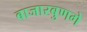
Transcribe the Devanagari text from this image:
बाजारबुणगे